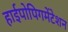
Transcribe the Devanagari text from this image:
हाईपोपिगमेंटेशन